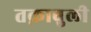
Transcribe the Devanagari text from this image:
तक़ाबुली